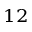
^ { 1 2 }